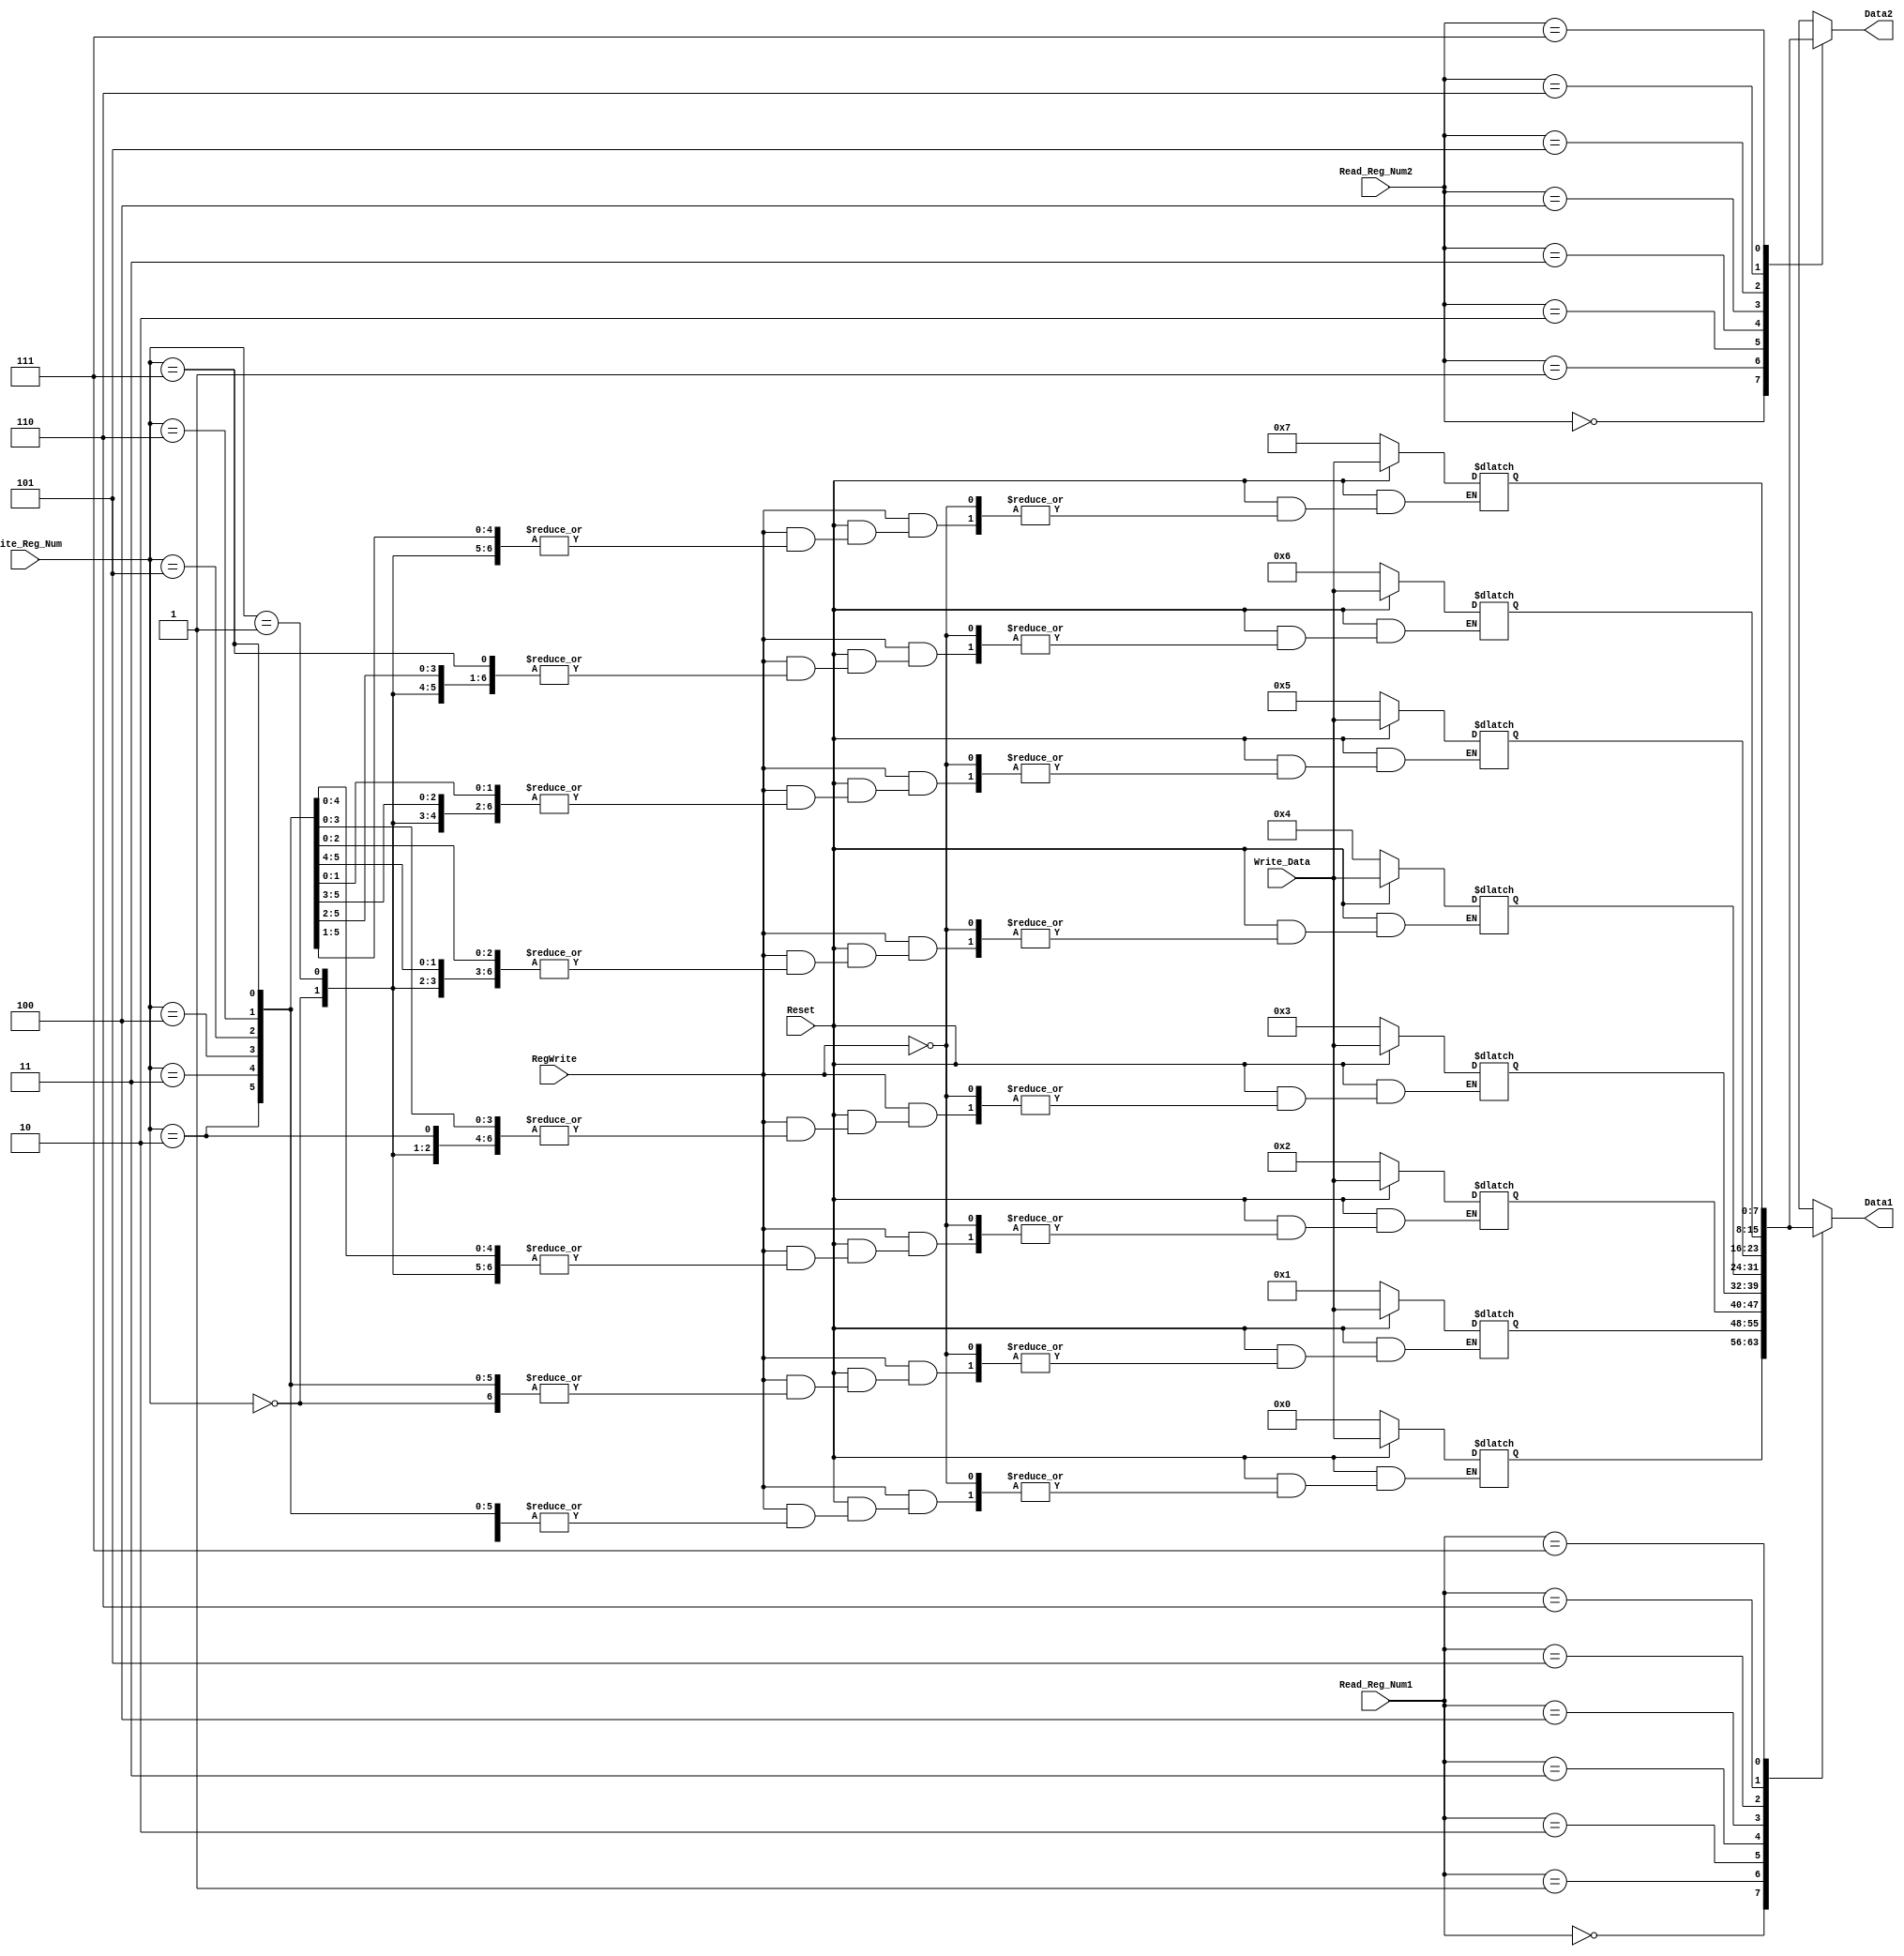
`timescale 1ns / 1ps
//////////////////////////////////////////////////////////////////////////////////
// Company: 
// Engineer: 
// 
// Design Name: 
// Module Name:    Register_File_Pipelined 
// Project Name: 
// Target Devices: 
// Tool versions: 
// Description: 
//
// Dependencies: 
//
// Revision: 
// Revision 0.01 - File Created
// Additional Comments: 
//
//////////////////////////////////////////////////////////////////////////////////
module Register_File_Pipelined(
	input Reset, input [2:0] Read_Reg_Num1, input [2:0] Read_Reg_Num2, input [2:0] Write_Reg_Num,
	input [7:0] Write_Data, input RegWrite, output [7:0] Data1, output [7:0] Data2
    );
	reg [7:0] Reg_Mem [7:0];
	
	assign Data1 = Reg_Mem[Read_Reg_Num1];
	assign Data2 = Reg_Mem[Read_Reg_Num2];
	always @*
	begin
		if(Reset==0)
		begin
			Reg_Mem[0]=0;
			Reg_Mem[1]=1;
			Reg_Mem[2]=2;
			Reg_Mem[3]=3;
			Reg_Mem[4]=4;
			Reg_Mem[5]=5;
			Reg_Mem[6]=6;
			Reg_Mem[7]=7;
		end
		
		else if(RegWrite==1)
			Reg_Mem[Write_Reg_Num] = Write_Data;
		
	end

endmodule